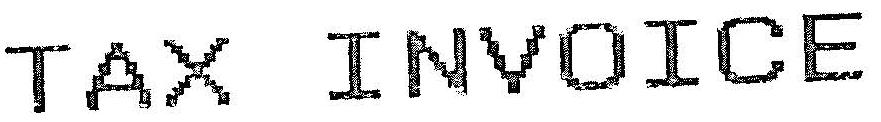
TAX INVOICE